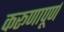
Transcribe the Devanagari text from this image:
करूणापूर्ण